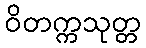
ဝိတက္ကသုတ္တ